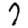
Digit: 7